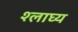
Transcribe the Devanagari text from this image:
श्लाघ्य